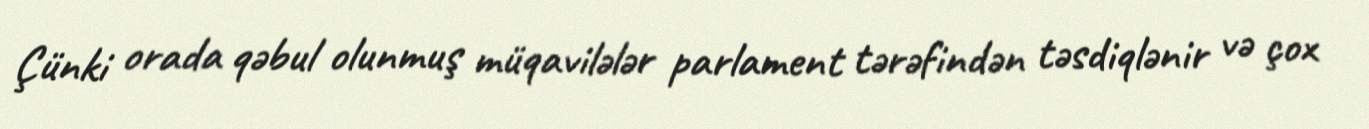
Çünki orada qəbul olunmuş müqavilələr parlament tərəfindən təsdiqlənir və çox